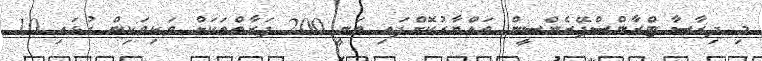
މި ދިރާސާ ޓްރާންސްޕޭރެންސީން ތައްޔާރުކޮށްފައި ވަނީ 200 ފަރާތްތަކަށް ވަކިވަކިން ގުޅައި 10